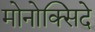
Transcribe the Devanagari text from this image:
मोनोक्सिदे